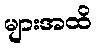
များအထိ